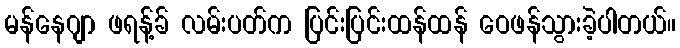
မန်နေဂျာ ဖရန့်ခ် လမ်းပတ်က ပြင်းပြင်းထန်ထန် ဝေဖန်သွားခဲ့ပါတယ်။